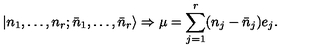
| n _ { 1 } , \ldots , n _ { r } ; \bar { n } _ { 1 } , \ldots , \bar { n } _ { r } \rangle \Rightarrow \mu = \sum _ { j = 1 } ^ { r } ( n _ { j } - \bar { n } _ { j } ) e _ { j } .